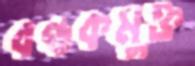
বন্ধকমুক্ত